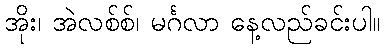
အိုး၊ အဲလစ်စ်၊ မင်္ဂလာ နေ့လည်ခင်းပါ။